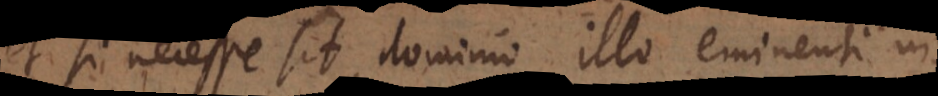
et si necesse sit, dominio illo eminenti in